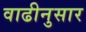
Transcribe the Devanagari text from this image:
वाढीनुसार